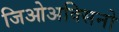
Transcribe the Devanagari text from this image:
जिओअक्सिनो